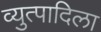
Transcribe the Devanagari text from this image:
व्युत्पादिला